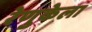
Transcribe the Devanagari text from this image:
रेणुकेला